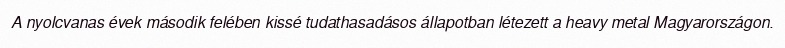
A nyolcvanas évek második felében kissé tudathasadásos állapotban létezett a heavy metal Magyarországon.